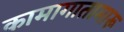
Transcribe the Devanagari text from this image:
कामागातामारू